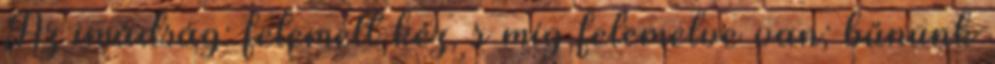
Az imádság: felemelt kéz, s míg felemelve van; bűnünk